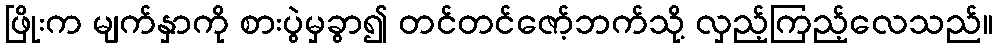
ဖြိုးက မျက်နှာကို စားပွဲမှခွာ၍ တင်တင်ဇော့်ဘက်သို့ လှည့်ကြည့်လေသည်။